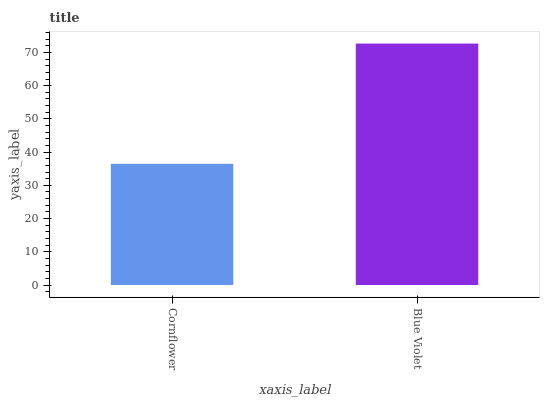
| xaxis_label | bars |
 | --- | --- |
 | Cornflower | 36.5 |
 | Blue Violet | 72.7 |